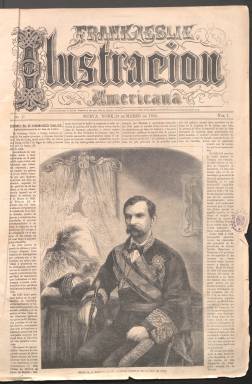
Título: Frank Leslie, ilustración americana
Otros títulos: Ilustración americana || Ilustración americana de Frank Leslie
Colección: Revistas de información general
Ámbito geográfico: Estados Unidos
Lugar de publicación: Nueva York
Fechas: 28/03/1866-19/08/1868